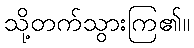
သို့တက်သွားကြ၏။